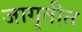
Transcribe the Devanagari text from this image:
जागृतीत